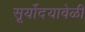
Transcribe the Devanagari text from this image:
सूर्योदयावेळी